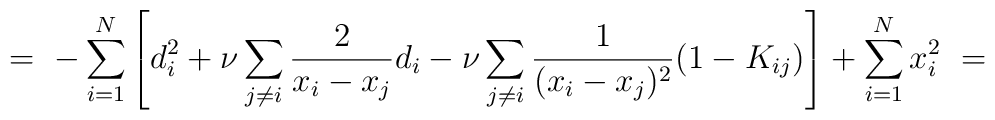
=\ - \sum_{i=1}^N \left[ d_i^2 + \nu \sum_{j\neq i} \frac 2 {x_i - x_j} d_i- \nu\sum_{j\neq i} \frac 1 {(x_i-x_j)^2} (1 - K_{ij}) \right] +\sum_{i=1}^N x_i^2 \ =